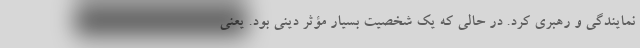
نمایندگی و رهبری کرد. در حالی که یک شخصیت بسیار مؤثر دینی بود. یعنی